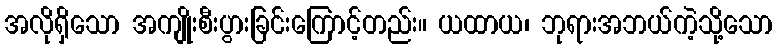
အလိုရှိသော အကျိုးစီးပွားခြင်းကြောင့်တည်း။ ယထာယ၊ ဘုရားအဘယ်ကဲ့သို့သော